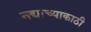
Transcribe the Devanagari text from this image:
नद्याच्याकाठी